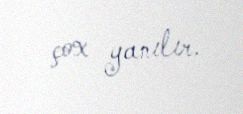
çox yanılır.